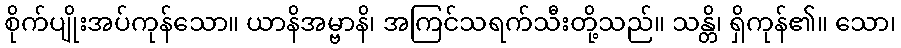
စိုက်ပျိုးအပ်ကုန်သော။ ယာနိအမ္ဗာနိ၊ အကြင်သရက်သီးတို့သည်။ သန္တိ၊ ရှိကုန်၏။ သော၊